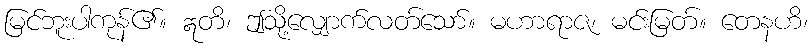
မြင်ဘူးပါကုန်၏။ ဣတိ၊ ဤသို့လျှောက်လတ်သော်။ မဟာရာဇ၊ မင်းမြတ်။ တေနဟိ၊